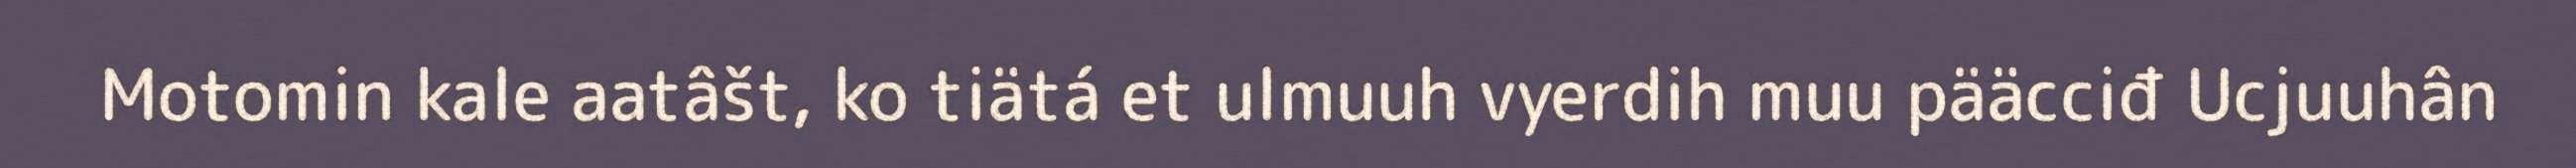
Motomin kale aatâšt, ko tiätá et ulmuuh vyerdih muu pääcciđ Ucjuuhân